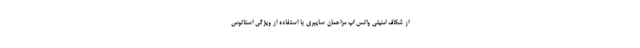
از شکاف امنیتی واتس اپ مزاحمان سایبری با استفاده از ویژگی استاتوس